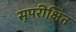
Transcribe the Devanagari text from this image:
सुपरीक्षित